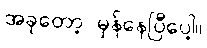
အခုတော့ မှန်နေပြီပေါ့။